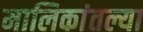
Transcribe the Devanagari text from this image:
मालिकांतल्या